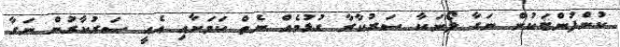
ކުންފުންޏަކުން ނަގާ ލޯނަކާ ސަރުކާރާ ގުޅުމެއް ނެތް ކަމަށާއި އެއީ ސަރުކާރުން ނަގާ